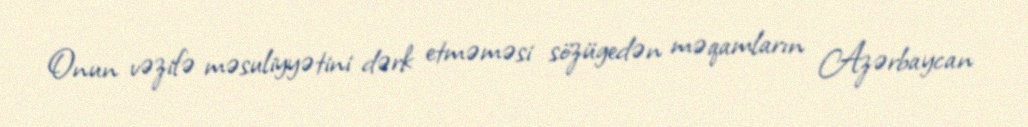
Onun vəzifə məsuliyyətini dərk etməməsi sözügedən məqamların Azərbaycan